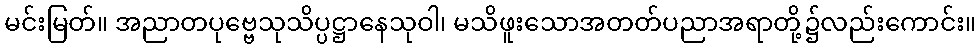
မင်းမြတ်။ အညာတပုဗ္ဗေသုသိပ္ပဋ္ဌာနေသုဝါ၊ မသိဖူးသောအတတ်ပညာအရာတို့၌လည်းကောင်း။